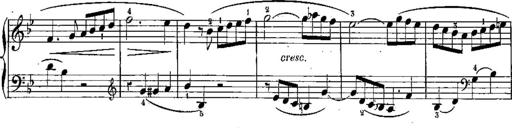
Title: 6 Sonatines
Composer: Albert Lavignac
Key: C major
 G major
 D major
 A minor
 F major
 B-flat major